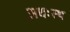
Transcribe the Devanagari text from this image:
अधःस्थ